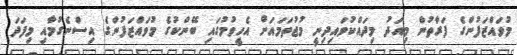
މުވައްޒަފުންގެ ފަރާތުން މިއަދު މިދައްކުވައިދިނީ މުޖުތަމައަށް އެހީވުމުގައި ބޭންކުގެ މުވައްޒަފުންގެ އިސްނެގުމާއި މިފަދަ